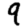
Digit: 9